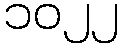
၁၀၂၂